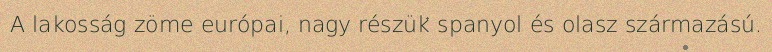
A lakosság zöme európai, nagy részük spanyol és olasz származású.